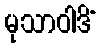
မုသာဝါဒိံ